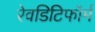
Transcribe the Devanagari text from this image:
रेवडिटिफॉर्म